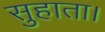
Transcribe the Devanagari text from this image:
सुहाता।